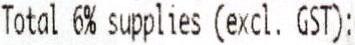
TOTAL 6% SUPPLIES (EXCL. GST):